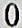
0